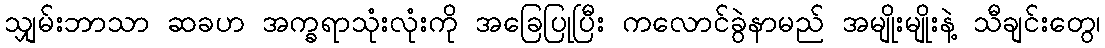
သျှမ်းဘာသာ ဆခဟ အက္ခရာသုံးလုံးကို အခြေပြုပြီး ကလောင်ခွဲနာမည် အမျိုးမျိုးနဲ့ သီချင်းတွေ၊